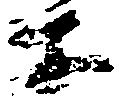
等